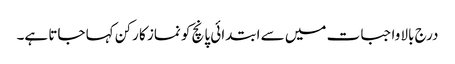
درج بالا واجبات میں سے ابتدائی پانچ کو نماز کا رکن کہا جاتا ہے۔